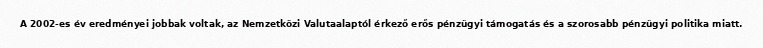
A 2002-es év eredményei jobbak voltak, az Nemzetközi Valutaalaptól érkező erős pénzügyi támogatás és a szorosabb pénzügyi politika miatt.